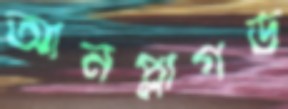
আনপ্লাগড